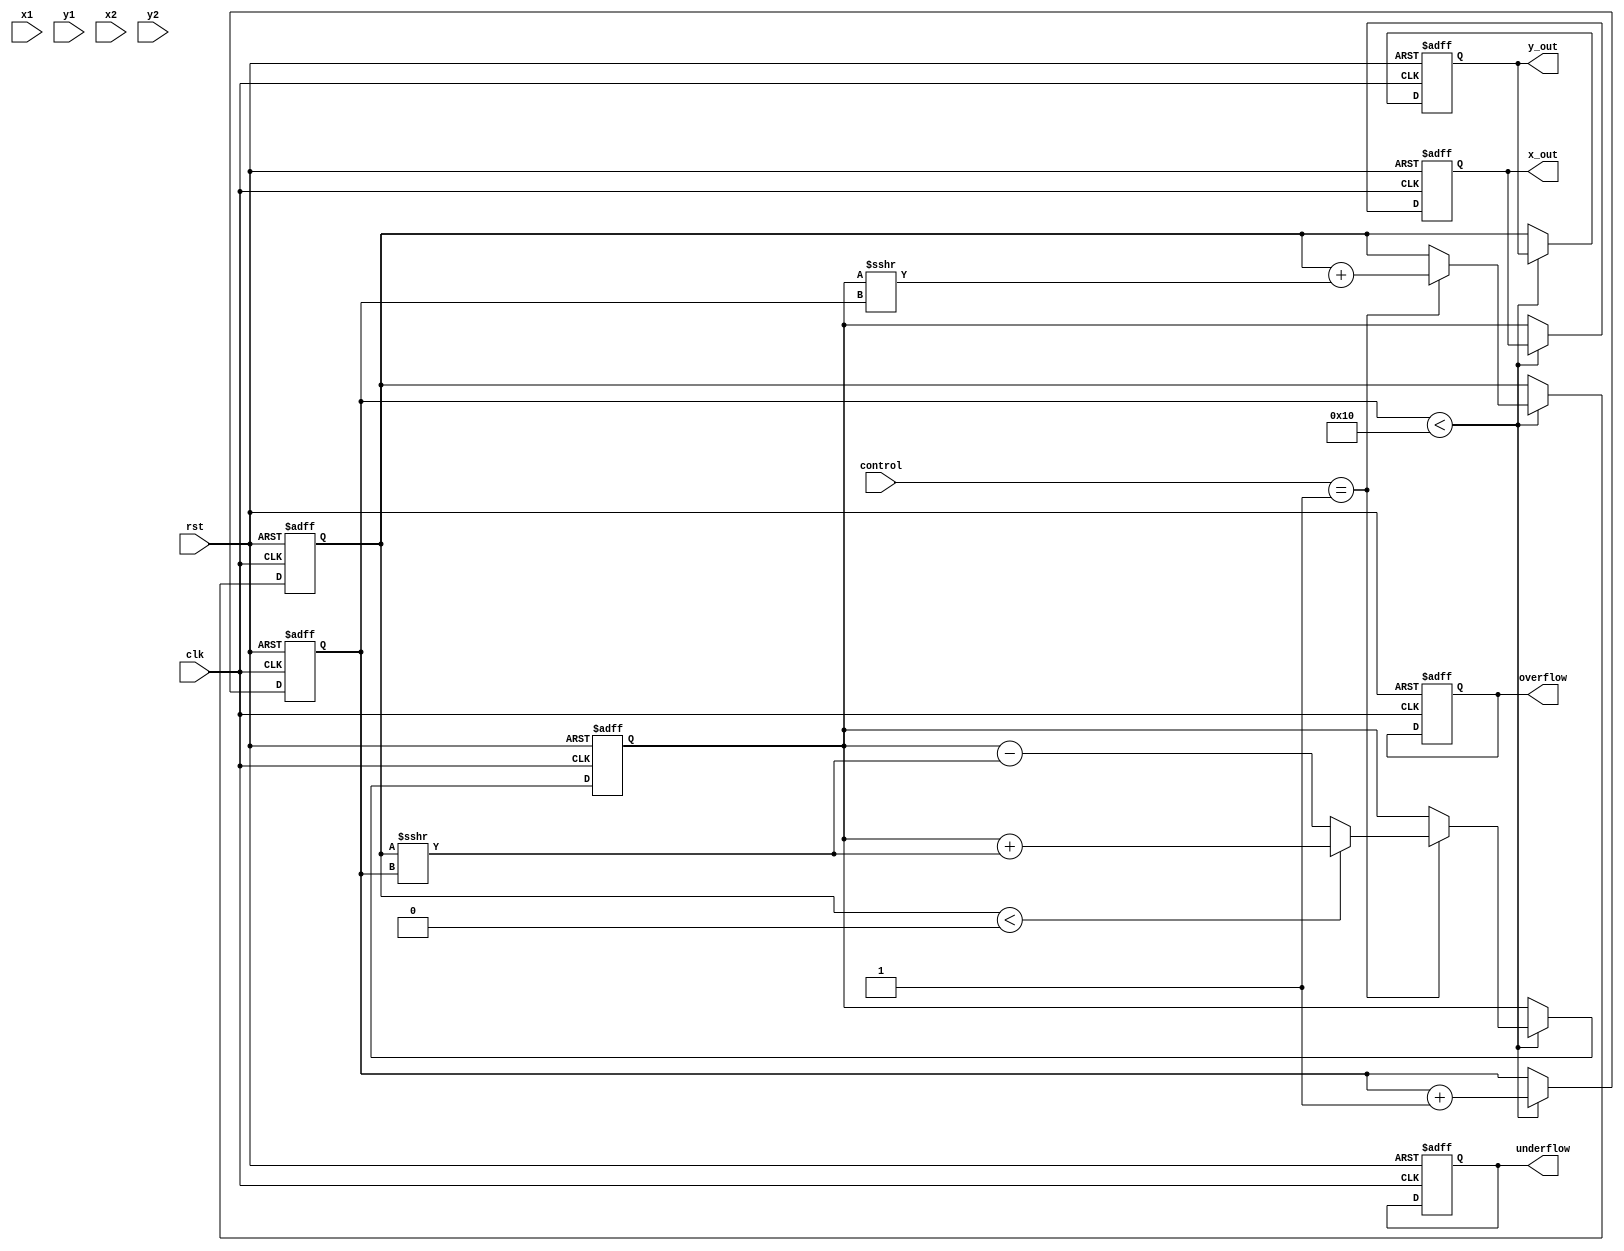
module Complex_CORDIC (
    input wire clk,
    input wire rst,
    input wire [15:0] x1,     // Real part of first complex number
    input wire [15:0] y1,     // Imaginary part of first complex number
    input wire [15:0] x2,     // Real part of second complex number
    input wire [15:0] y2,     // Imaginary part of second complex number
    input wire [3:0] control, // Control signals for operation
    output reg [15:0] x_out,   // Real part of output
    output reg [15:0] y_out,   // Imaginary part of output
    output reg overflow,
    output reg underflow
);

    // Parameters
    parameter NUM_ITERATIONS = 16; // Number of CORDIC iterations
    parameter ANGLE_WIDTH = 16; // Width for angle representation
    reg [ANGLE_WIDTH-1:0] atan_table [0:NUM_ITERATIONS-1]; // Lookup table for arctangent values
    
    // Internal Registers
    reg [15:0] x = 0;
    reg [15:0] y = 0;
    reg [ANGLE_WIDTH-1:0] angle = 0;
    reg [4:0] iteration = 0;
    reg mode; // 0 for rotation, 1 for vectoring

    initial begin
        // Initializing the arctangent lookup table
        // Note: These values would need to be calculated and filled accordingly
        atan_table[0] = 16'h2000; // atan(2^-0)
        atan_table[1] = 16'h1400; // atan(2^-1)
        atan_table[2] = 16'h0A00; // atan(2^-2)
        // Continue filling for all required angles...
    end

    // CORDIC Processing
    always @(posedge clk or posedge rst) begin
        if (rst) begin
            x <= 0;
            y <= 0;
            iteration <= 0;
            overflow <= 0;
            underflow <= 0;
            x_out <= 0;
            y_out <= 0;
        end else begin
            if (iteration < NUM_ITERATIONS) begin
                // Perform CORDIC iteration
                // Example of multiplication operation in rotation mode
                case (control)
                    4'b0001: begin // Multiplication Mode
                        // Using a simplified CORDIC rotation
                        if (y < 0) begin
                            x <= x + (y >>> iteration);
                            y <= y + (x >>> iteration);
                        end else begin
                            x <= x - (y >>> iteration);
                            y <= y + (x >>> iteration);
                        end
                    end
                    // Other cases for division or vectoring can be added here
                endcase

                // Increment iteration count
                iteration <= iteration + 1;

            end else begin
                // Assign output after completing iterations
                x_out <= x;
                y_out <= y;
                // Handle overflow/underflow logic based on your requirements
            end
        end
    end
endmodule